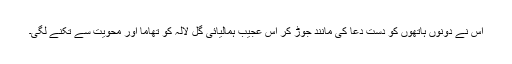
اس نے دونوں ہاتھوں کو دستِ دعا کی مانند جوڑ کر اْس عجیب ہمالیائی گْل لالہ کو تھاما اور محویت سے تکنے لگی۔